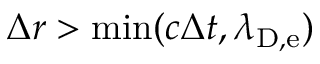
\Delta r > \operatorname* { m i n } ( c \Delta t , \lambda _ { \mathrm { D , e } } )